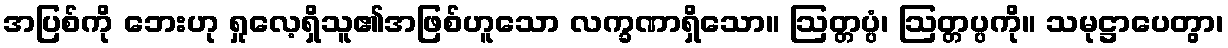
အပြစ်ကို ဘေးဟု ရှုလေ့ရှိသူ၏အဖြစ်ဟူသော လက္ခဏာရှိသော။ ဩတ္တပ္ပံ၊ ဩတ္တပ္ပကို။ သမုဋ္ဌာပေတွာ၊